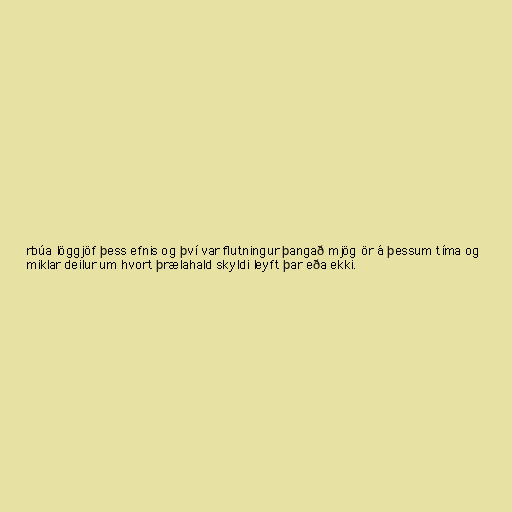
rbúa löggjöf þess efnis og því var flutningur þangað mjög ör á þessum tíma og
miklar deilur um hvort þrælahald skyldi leyft þar eða ekki.